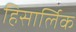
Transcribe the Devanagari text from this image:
हिसार्लिक